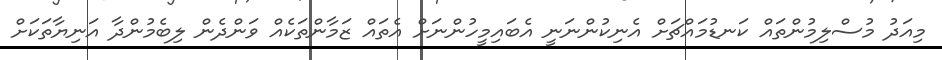
މިއަދު މުސްލިމުންތައް ކަނޑުމައްޗަށް އެނިކުންނަނީ އެބައިމީހުންނަށް އެތައް ޒަމާންތަކެއް ވަންދެން ލިބެމުންދާ އަނިޔާތަކަށް